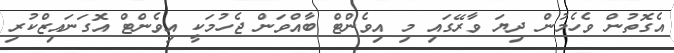
އެގޮތުން ވެހެމުން ދިޔަ ވާރޭގައި މި އިވެންޓް ބާއްވަން ޖެހުމަކީ އިވެންޓް އޮގަނައިޒްކުރި